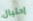
إحتيال